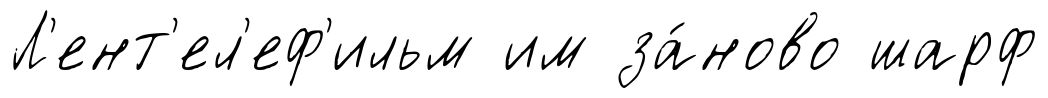
Л'ент'ел'еф'ильм им за́ново шарф